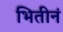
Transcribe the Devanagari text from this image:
भितीनं